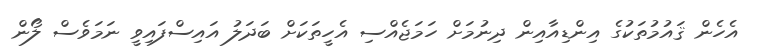
އެހެން ޤައުމުތަކުގެ އިންޑިއާއިން ދިނުމަށް ހަމަޖެއްސި އެހީތަކަށް ބަދަލު އައިސްފައިވީ ނަމަވެސް ލޯން